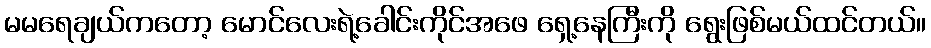
မမရေချယ်ကတော့ မောင်လေးရဲ့ခေါင်းကိုင်အဖေ ရှေ့နေကြီးကို ရွေးဖြစ်မယ်ထင်တယ်။